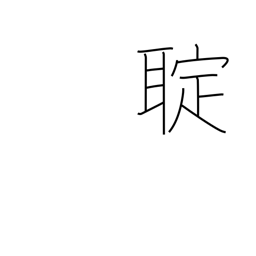
Meaning: (kokuji)